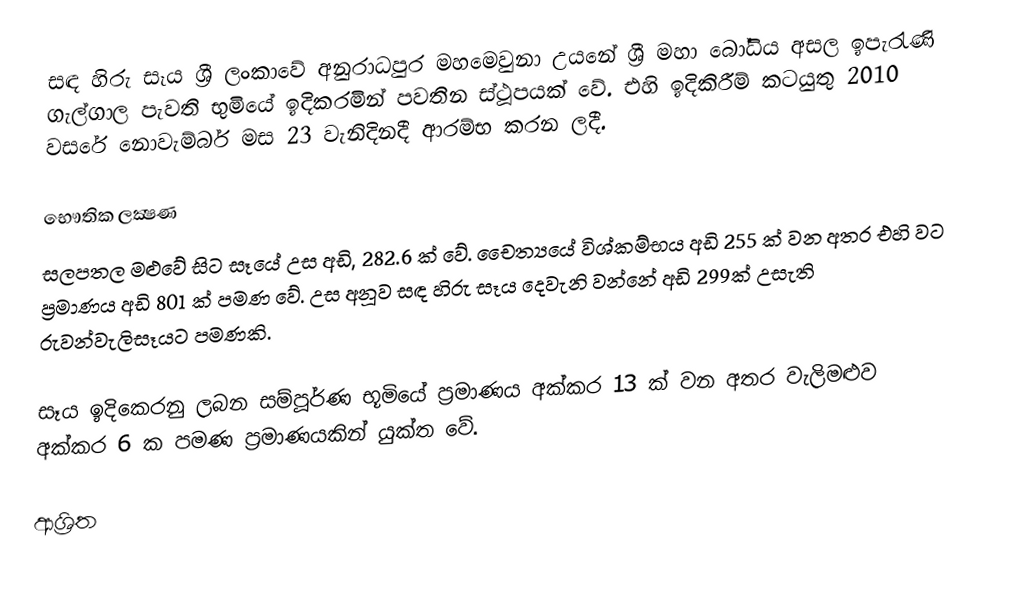
සඳ හිරු සෑය ශ්‍රී ලංකාවේ අනුරාධපුර මහමෙවුනා උයනේ ශ්‍රී මහා බෝධිය අසල ඉපැරැණි ගැල්ගාල පැවති භුමියේ ඉදිකරමින් පවතින ස්ථූපයක් වේ. එහි ඉදිකිරීම් කටයුතු 2010 වසරේ නොවැම්බර් මස 23 වැනිදිනදී ආරම්භ කරන ලදී.

භෞතික ලක්‍ෂණ
සලපතල මළුවේ සිට සෑයේ උස අඩි, 282.6 ක්‌ වේ. චෛත්‍යයේ විශ්කම්භය අඩි 255 ක්‌ වන අතර එහි වට ප්‍රමාණය අඩි 801 ක් පමණ වේ. උස අනූව සඳ හිරු සෑය දෙවැනි වන්නේ අඩි 299ක් උසැති රුවන්වැලිසෑයට පමණකි.

සෑය ඉදිකෙරනු ලබන සම්පූර්ණ භූමියේ ප්‍රමාණය අක්කර 13 ක් වන අතර වැලිමළුව අක්කර 6 ක පමණ ප්‍රමාණයකින් යුක්ත වේ.

ආශ්‍රිත